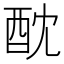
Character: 酖